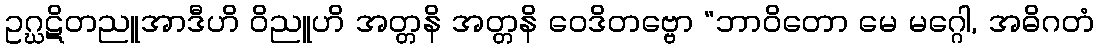
ဥဂ္ဃဋိတညူအာဒီဟိ ဝိညူဟိ အတ္တနိ အတ္တနိ ဝေဒိတဗ္ဗော “ဘာဝိတော မေ မဂ္ဂေါ, အဓိဂတံ